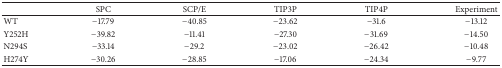
|  | SPC | SCP/E | TIP3P | TIP4P | Experiment |
 | --- | --- | --- | --- | --- | --- |
 | WT | −17.79 | −40.85 | −23.62 | −31.6 | −13.12 |
 | Y252H | −39.82 | −11.41 | −27.30 | −31.69 | −14.50 |
 | N294S | −33.14 | −29.2 | −23.02 | −26.42 | −10.48 |
 | H274Y | −30.26 | −28.85 | −17.06 | −24.34 | −9.77 |